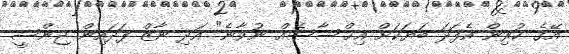
އޭގެ ކުރިން އެފަދަ ބަޔަކަށް އިޙްސާސެއް ނުވާނެ" އަދި ނާޒް ފަދައިން ޖިންސީ